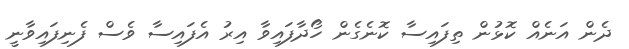
ދެން އަނެއް ކޮޅުން ތިފައިސާ ކޮނެގެން ހޯދާފައިވާ އިރު އެފައިސާ ވެސް ފެނިފައިވާނީ